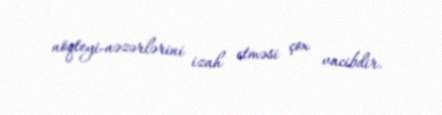
nöqteyi-nəzərlərini izah etməsi çox vacibdir.